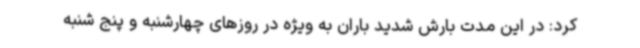
کرد: در این مدت بارش شدید باران به ویژه در روزهای چهارشنبه و پنج شنبه